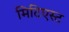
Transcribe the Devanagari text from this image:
मिटिएस्ट